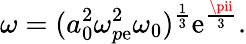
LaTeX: \omega=(a_{0}^{2}\omega_{p\mathrm{e}}^{2}\omega_{0})^{\frac{{1}}{{3}}}\mathrm{e}^{\frac{{\pii}}{{3}}}.